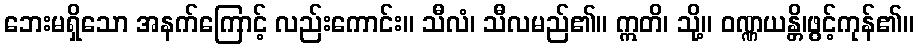
ဘေးမရှိသော အနက်ကြောင့် လည်းကောင်း။ သီလံ၊ သီလမည်၏။ ဣတိ၊ သို့။ ဝဏ္ဏယန္တိ၊ဖွင့်ကုန်၏။